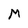
Character: M